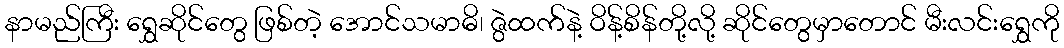
နာမည်ကြီး ရွှေဆိုင်တွေ ဖြစ်တဲ့ အောင်သမာဓိ၊ ဇွဲထက်နဲ့ ဝိန့်စိန်တို့လို့ ဆိုင်တွေမှာတောင် မီးလင်းရွှေကို